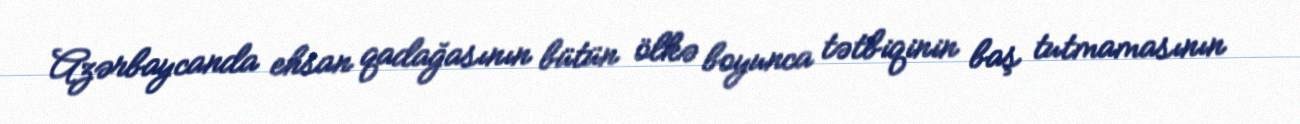
Azərbaycanda ehsan qadağasının bütün ölkə boyunca tətbiqinin baş tutmamasının